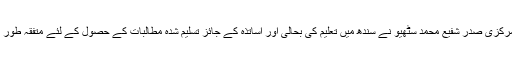
26 جون2018ء) آل سندھ پرائمری ٹیچرز ایسوسی ایشن کے مرکزی صدر شفیع محمد سٹھیو نے سندھ میں تعلیم کی بحالی اور اساتذہ کے جائز تسلیم شدہ مطالبات کے حصول کے لئے متفقہ طور پر تین مرحلوں میں مرحلہ وار تحریک چلانے کا اعلان کر دیا۔